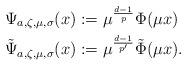
LaTeX: \begin{align*}\Psi_{a,\zeta,\mu,\sigma}(x) &:= \mu^{\frac{d-1}{p}}\Phi(\mu x) \\\tilde{\Psi}_{a,\zeta,\mu,\sigma}(x) &:= \mu^{\frac{d-1}{p'}}\tilde{\Phi}(\mu x).\end{align*}